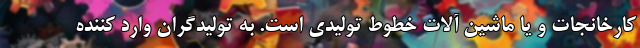
کارخانجات و یا ماشین آلات خطوط تولیدی است. به تولیدگران وارد کننده